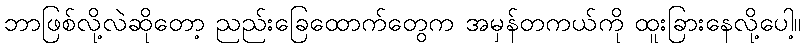
ဘာဖြစ်လို့လဲဆိုတော့ ညည်းခြေထောက်တွေက အမှန်တကယ်ကို ထူးခြားနေလို့ပေါ့။